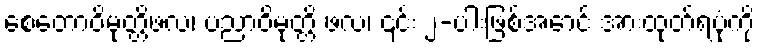
စေတောဝိမုတ္တိဖလ၊ ပညာဝိမုတ္တိ ဖလ၊ ၎င်း ၂-ပါးဖြစ်အောင် အားထုတ်ရပုံကို